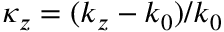
\kappa _ { z } = ( k _ { z } - k _ { 0 } ) / k _ { 0 }